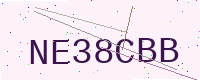
Text: NE38CBB